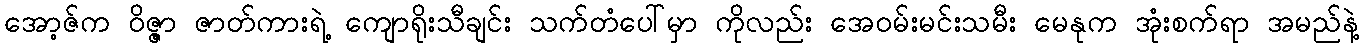
အော့ဇ်က ဝိဇ္ဇာ ဇာတ်ကားရဲ့ ကျောရိုးသီချင်း သက်တံပေါ်မှာ ကိုလည်း အေဝမ်းမင်းသမီး မေနုက အုံးစက်ရာ အမည်နဲ့